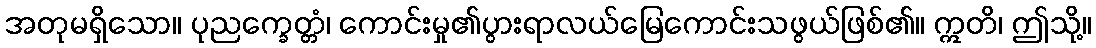
အတုမရှိသော။ ပုညက္ခေတ္တံ၊ ကောင်းမှု၏ပွားရာလယ်မြေကောင်းသဖွယ်ဖြစ်၏။ ဣတိ၊ ဤသို့။